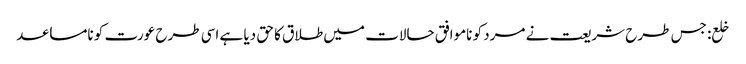
خلع: جس طرح شریعت نے مرد کو ناموافق حالات میں طلاق کا حق دیا ہے اسی طرح عورت کو نامساعد